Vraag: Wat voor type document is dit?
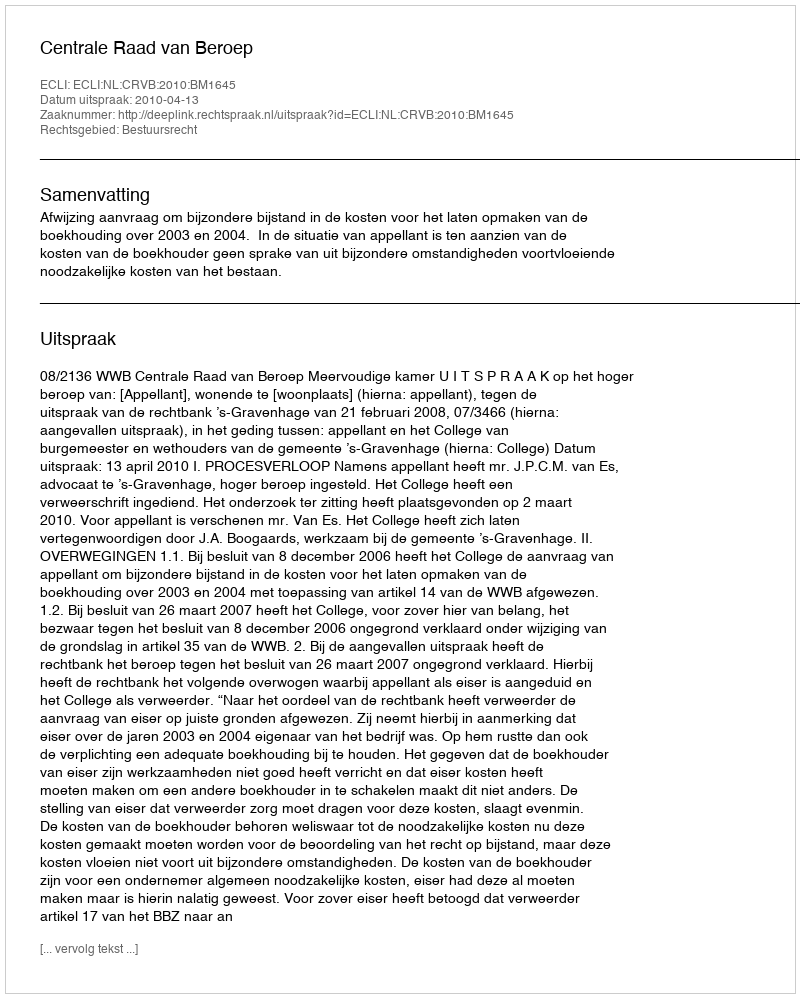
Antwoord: Uitspraak